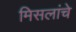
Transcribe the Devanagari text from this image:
मिसलांचे